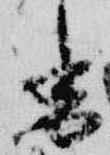
香